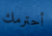
أحترمك